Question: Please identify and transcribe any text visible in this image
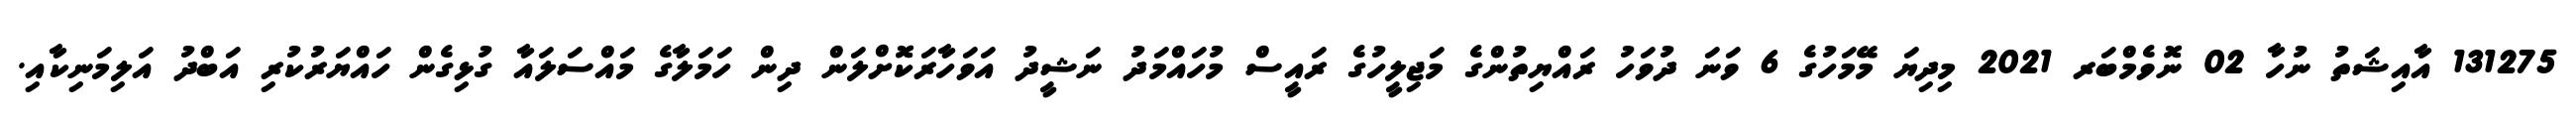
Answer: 131275 އާއިޝަތު ނުހާ 02 ނޮވެމްބަރ 2021 މިދިޔަ މޭމަހުގެ 6 ވަނަ ދުވަހު ރައްޔިތުންގެ މަޖިލީހުގެ ރައީސް މުހައްމަދު ނަޝީދު އަވަހާރަކޮށްލަން ދިން ހަމަލާގެ މައްސަލައާ ގުޅިގެން ހައްޔަރުކުރި އަބްދު އަލިމަނިކާއި.